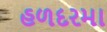
હળદરમા